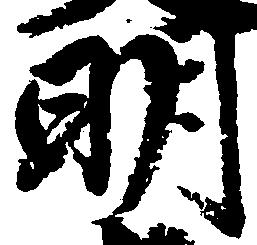
明